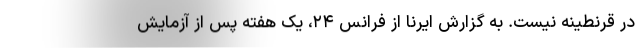
در قرنطینه نیست. به گزارش ایرنا از فرانس ۲۴، یک هفته پس از آزمایش